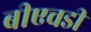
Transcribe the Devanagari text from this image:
बीएचडी